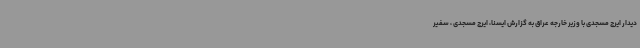
دیدار ایرج مسجدی با وزیر خارجه عراق به گزارش ایسنا، ایرج مسجدی ، سفیر